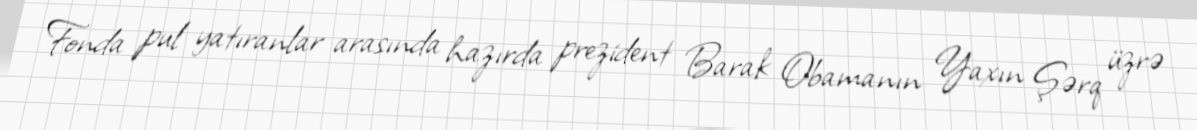
Fonda pul yatıranlar arasında hazırda prezident Barak Obamanın Yaxın Şərq üzrə